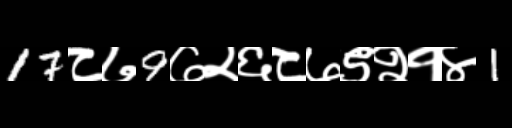
Text: 17८७9७२६८७९२१४1